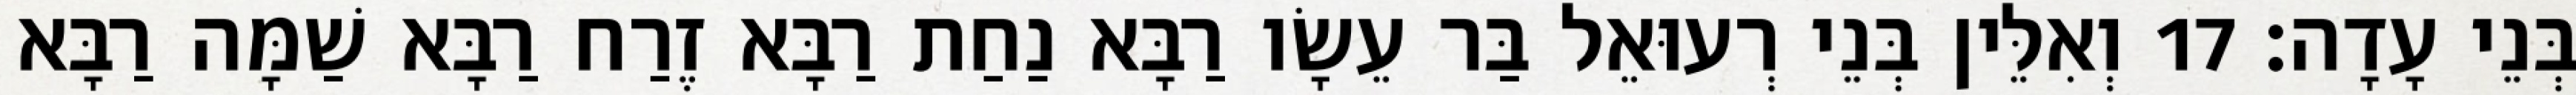
בְּנֵי עָדָה׃ 17 וְאִלֵּין בְּנֵי רְעוּאֵל בַּר עֵשָׂו רַבָּא נַחַת רַבָּא זֶרַח רַבָּא שַׁמָּה רַבָּא